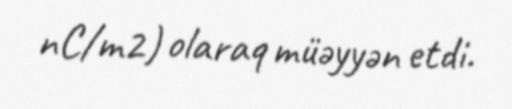
nC/m2) olaraq müəyyən etdi.